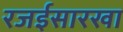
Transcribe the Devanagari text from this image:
रजईसारखा